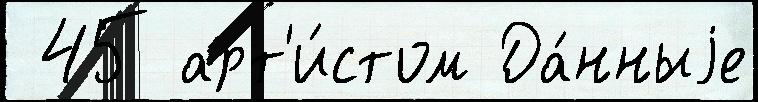
 45 арт'и́стом Да́нныjе